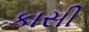
કાસી